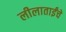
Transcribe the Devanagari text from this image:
लीलाताईंचे